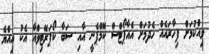
ވިއްކުމަށް ފިހާރައެއް ހެދުމަށް އެއާޕޯޓްސް ކޮމްޕެނީ އާއި ސަބާ ކޯޕަރޭޓިވްއާ އެކު އިއްޔެ